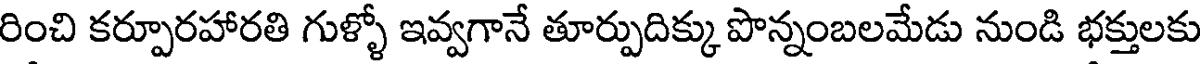
రించి కర్పూరహారతి గుళ్ళో ఇవ్వగానే తూర్పుదిక్కు పొన్నంబలమేడు నుండి భక్తులకు